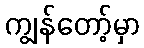
ကျွန်တော့်မှာ